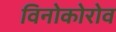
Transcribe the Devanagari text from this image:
विनोकोरोव